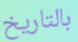
بالتاريخ